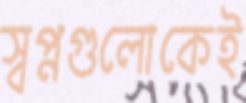
স্বপ্নগুলোকেই